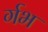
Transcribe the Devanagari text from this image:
र्गभ